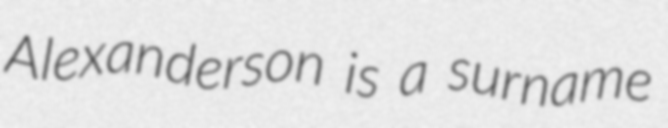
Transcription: Alexanderson is a surname